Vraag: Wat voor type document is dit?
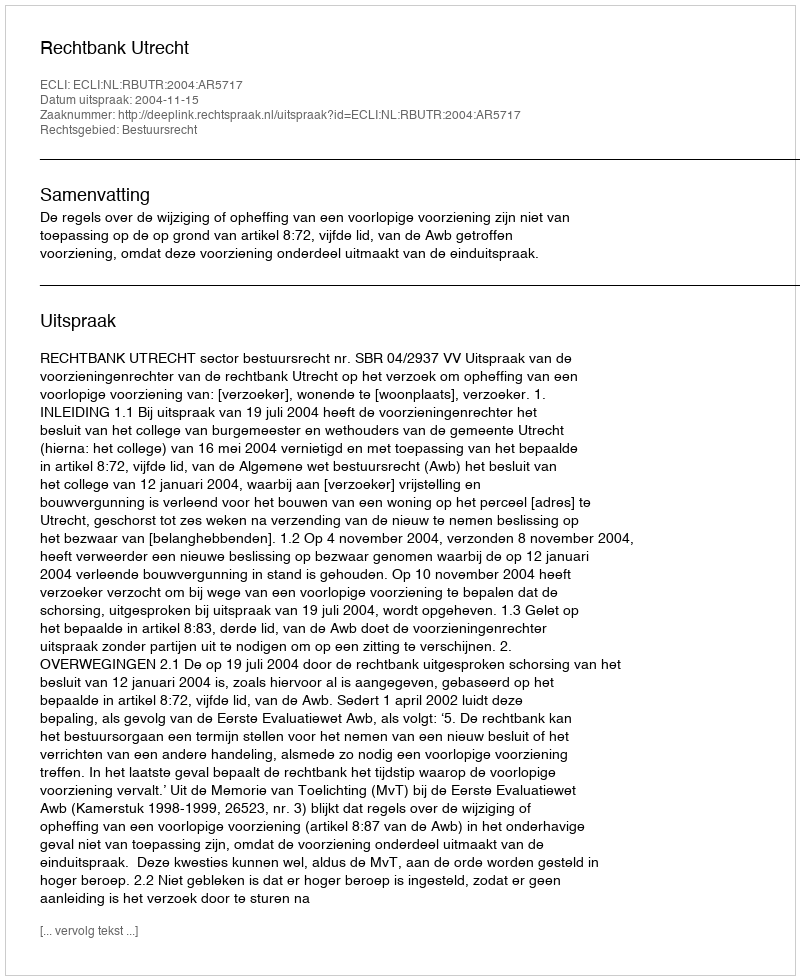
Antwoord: Uitspraak